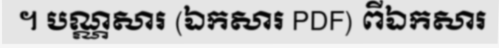
។ បណ្ណសារ (ឯកសារ PDF) ពីឯកសារ